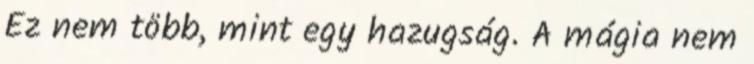
Ez nem több, mint egy hazugság. A mágia nem